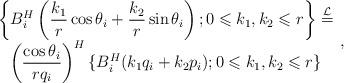
LaTeX: \begin{align*}\begin{array}{c}\displaystyle \left\{B_i^{H}\left(\frac{k_1}{r}\cos \theta_i+\frac{k_2}{r}\sin \theta_i\right);0\leqslant k_1,k_2\leqslant r\right\}\overset{\mathcal{L}}{=}\\ \displaystyle \left(\frac{\cos \theta_i}{rq_i}\right)^{H}\{B_i^{H}(k_1q_i+k_2p_i);0\leqslant k_1,k_2\leqslant r\}\end{array},\end{align*}